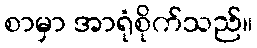
စာမှာ အာရုံစိုက်သည်။